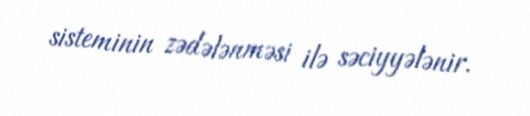
sisteminin zədələnməsi ilə səciyyələnir.